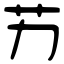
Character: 艻